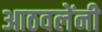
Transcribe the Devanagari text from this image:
आठवलेंनी